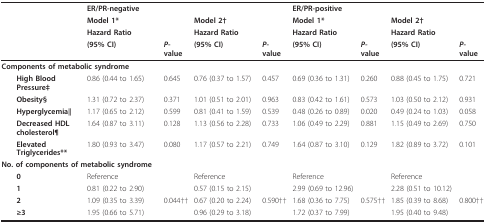
<table><thead><tr><td></td><td colspan="4"><b>ER/PR-negative</b></td><td colspan="4"><b>ER/PR-positive</b></td></tr><tr><td></td><td colspan="2"><b>Model 1*</b></td><td colspan="2"><b>Model 2†</b></td><td colspan="2"><b>Model 1*</b></td><td colspan="2"><b>Model 2†</b></td></tr><tr><td></td><td><b>Hazard Ratio</b></td><td></td><td><b>Hazard Ratio</b></td><td></td><td><b>Hazard Ratio</b></td><td></td><td><b>Hazard Ratio</b></td><td></td></tr><tr><td></td><td><b>(95% CI)</b></td><td><b><i>P</i>-value</b></td><td><b>(95% CI)</b></td><td><b><i>P</i>-value</b></td><td><b>(95% CI)</b></td><td><b><i>P-</i>value</b></td><td><b>(95% CI)</b></td><td><b><i>P</i>-value</b></td></tr></thead><tbody><tr><td colspan="2"><b>Components of metabolic syndrome</b></td><td></td><td></td><td></td><td></td><td></td><td></td><td></td></tr><tr><td> <b>High Blood Pressure‡</b></td><td>0.86 (0.44 to 1.65)</td><td>0.645</td><td>0.76 (0.37 to 1.57)</td><td>0.457</td><td>0.69 (0.36 to 1.31)</td><td>0.260</td><td>0.88 (0.45 to 1.75)</td><td>0.721</td></tr><tr><td> <b>Obesity§</b></td><td>1.31 (0.72 to 2.37)</td><td>0.371</td><td>1.01 (0.51 to 2.01)</td><td>0.963</td><td>0.83 (0.42 to 1.61)</td><td>0.573</td><td>1.03 (0.50 to 2.12)</td><td>0.931</td></tr><tr><td> <b>Hyperglycemia</b><b>∥</b></td><td>1.17 (0.65 to 2.12)</td><td>0.599</td><td>0.81 (0.41 to 1.59)</td><td>0.539</td><td>0.48 (0.26 to 0.89)</td><td>0.020</td><td>0.49 (0.24 to 1.03)</td><td>0.058</td></tr><tr><td> <b>Decreased HDL cholesterol¶</b></td><td>1.64 (0.87 to 3.11)</td><td>0.128</td><td>1.13 (0.56 to 2.28)</td><td>0.733</td><td>1.06 (0.49 to 2.29)</td><td>0.881</td><td>1.15 (0.49 to 2.69)</td><td>0.750</td></tr><tr><td> <b>Elevated Triglycerides**</b></td><td>1.80 (0.93 to 3.47)</td><td>0.080</td><td>1.17 (0.57 to 2.21)</td><td>0.749</td><td>1.64 (0.87 to 3.10)</td><td>0.129</td><td>1.82 (0.89 to 3.72)</td><td>0.101</td></tr><tr><td colspan="2"><b>No. of components of metabolic syndrome</b></td><td></td><td></td><td></td><td></td><td></td><td></td><td></td></tr><tr><td> <b>0</b></td><td>Reference</td><td></td><td>Reference</td><td></td><td>Reference</td><td></td><td>Reference</td><td></td></tr><tr><td> <b>1</b></td><td>0.81 (0.22 to 2.90)</td><td></td><td>0.57 (0.15 to 2.15)</td><td></td><td>2.99 (0.69 to 12.96)</td><td></td><td>2.28 (0.51 to 10.12)</td><td></td></tr><tr><td> <b>2</b></td><td>1.09 (0.35 to 3.39)</td><td>0.044††</td><td>0.67 (0.20 to 2.24)</td><td>0.590††</td><td>1.68 (0.36 to 7.75)</td><td>0.575††</td><td>1.85 (0.39 to 8.68)</td><td>0.800††</td></tr><tr><td> <b>≥3</b></td><td>1.95 (0.66 to 5.71)</td><td></td><td>0.96 (0.29 to 3.18)</td><td></td><td>1.72 (0.37 to 7.99)</td><td></td><td>1.95 (0.40 to 9.48)</td><td></td></tr></tbody></table>